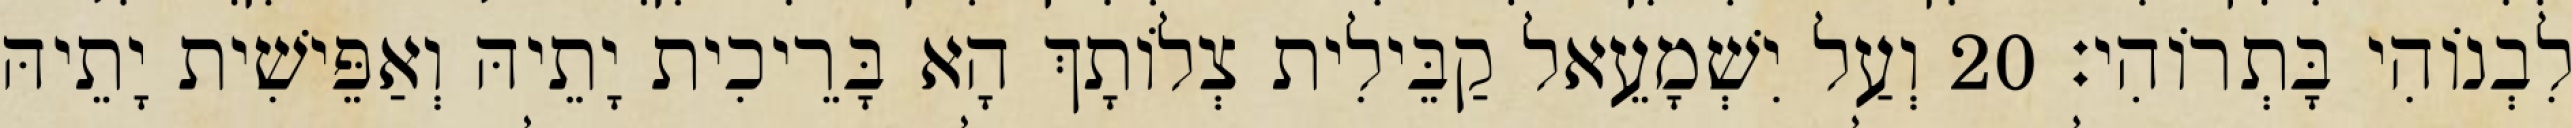
לִבְנוֹהִי בָּתְרוֹהִי׃ 20 וְעַל יִשְׁמָעֵאל קַבֵּילִית צְלוֹתָךְ הָא בָּרֵיכִית יָתֵיהּ וְאַפֵּישִׁית יָתֵיהּ